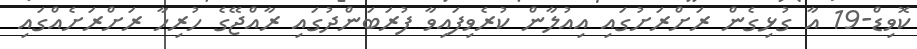
ކޮވިޑް-19 އާ ގުޅިގެން ރަށްރަށުގައި އިއުލާން ކުރެވިފައިވާ ފުރަބަންދުގައި ރާއްޖޭގެ ހުރިހާ ރަށްރަށެއްގައި